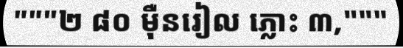
"""២ ៨០ ម៉ឺនរៀល ភ្លោះ ៣,"""